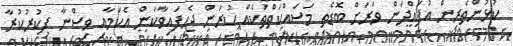
ކުޅުންތެރިން އުފައްދަން ވަރަަށް ބޮޑެތި މަސައްކަތްތަކެއް ކުރަން ޖެހިފައިވާކަަން އެކަމާއި ވިސްނާ ފިކުރުކުރާ